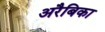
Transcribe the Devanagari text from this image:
अरैबिका